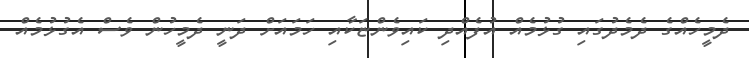
ދެމީހެއްގެ ދެމެދުގައި ގުޅުމެއް އުފެއްދި ކައިވެންޏަކާއި ހަމައަށް ދަނީ ދެމީހުން ވެސް އެގުޅުމެއް